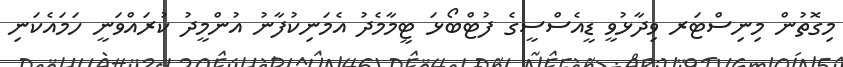
މިގޮތުން މިނިސްޓަރ ވިދާޅުވީ ޑީއެސްސީގެ ފުޓްބޯޅަ ޓީމާމެދު އެމަނިކުފާނު އުންމީދު ކުރައްވަނީ ހަމައެކަނި